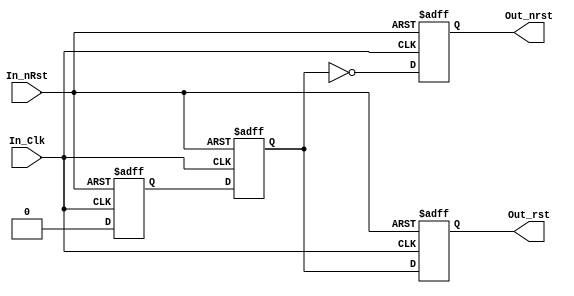
/*! VHDL FILE
  @file
--------------------------------------------------------------------------------
  @brief Rst_Syncronizer
--------------------------------------------------------------------------------

 Sincroniza os resets

 Project Name: Rst_Syncronizer.v  

 Tools: Quartus II 10.0 SP1

 @name Rst_Syncronizer
 @author Franz Wagner
 @copyright LABORATORIO NACIONAL DE LUZ SINCROTRON - GRUPO DETECTORES
 @date 2/12/2013
 @version 1.0.0 (Dez/2013)

--------------------------------------------------------------------------------*/

module Rst_Syncronizer (
  input         In_nRst,
  input         In_Clk,
  output reg    Out_rst,
  output reg    Out_nrst
  );

reg t_rst;
reg rst;
always @ (posedge In_Clk or negedge In_nRst)
begin
  if (~In_nRst) begin
    t_rst	  <= 1'b1;
    rst		  <= 1'b1;
    Out_rst   <= 1'b1;
	 Out_nrst  <= 1'b0;
  end
  else begin
    t_rst 	  <= 1'b0;
    rst		  <= t_rst;
    Out_rst   <= rst;
	 Out_nrst  <= ~rst;
  end
end
endmodule